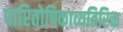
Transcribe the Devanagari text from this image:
पारितोषिकाव्यतिरिक्त